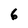
Character: 6